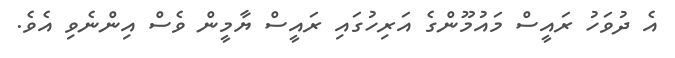
އެ ދުވަހު ރައީސް މައުމޫންގެ އަރިހުގައި ރައީސް ޔާމީން ވެސް އިންނެވި އެވެ.